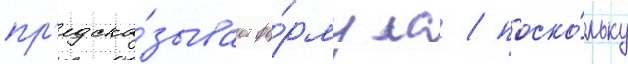
пр'едска́зывает фо́рмула / поско́льку